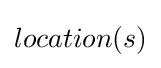
location(s)